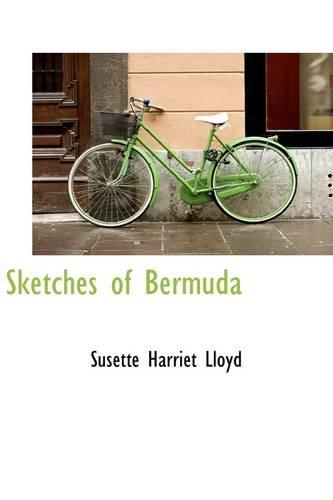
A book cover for Sketches of Bermuda; Susette Harriet Lloyd; Travel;